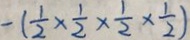
- ( \frac { 1 } { 2 } \times \frac { 1 } { 2 } \times \frac { 1 } { 2 } \times \frac { 1 } { 2 } )